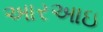
આરઆઇ